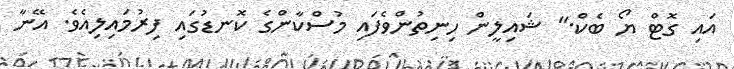
އައި ގޮޓް ޔޯ ބެކް." ޝައިލީން ހިނިތުންވެފައި މުސްކާންގެ ކޮނޑުގައި ފިރުމައިލިއެވެ. އޭނާ